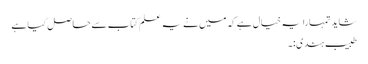
شاید تمہارا یہ خیال ہے کہ میں نے یہ علم کتاب سے حاصل کیا ہے
طبیب ہندی:۔